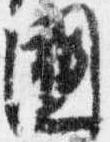
国